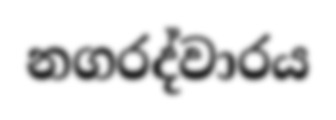
නගරද්වාරය